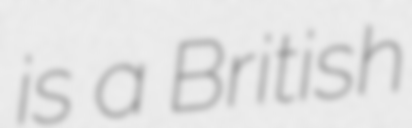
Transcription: is a British